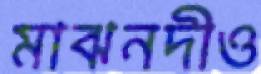
মাঝনদীও